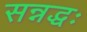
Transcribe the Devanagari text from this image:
सन्नद्धः